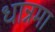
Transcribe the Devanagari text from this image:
धान्नमा